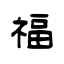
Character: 福